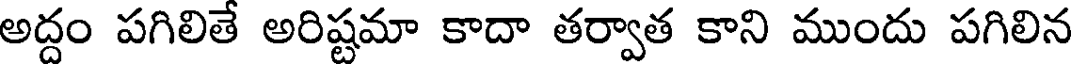
అద్దం పగిలితే అరిష్టమా కాదా తర్వాత కాని ముందు పగిలిన